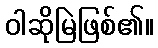
ဝါဆိုမြဲဖြစ်၏။